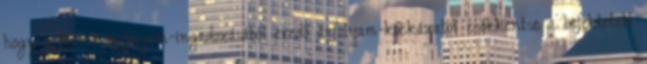
hogy a forint árfolyam-ingadozásából eredő árfolyam-kockázatot csökkentse a befektetett